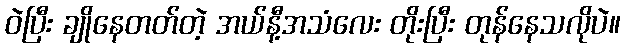
ဝဲပြီး ချိုနေတတ်တဲ့ အယ်နီ့အသံလေး တိုးပြီး တုန်နေသလိုပဲ။